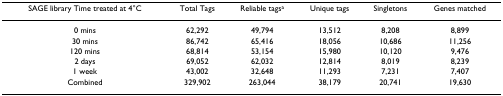
| SAGE library Time treated at 4°C | Total Tags | Reliable tagsa | Unique tags | Singletons | Genes matched |
 | --- | --- | --- | --- | --- | --- |
 | 0 mins | 62,292 | 49,794 | 13,512 | 8,208 | 8,899 |
 | 30 mins | 86,742 | 65,416 | 18,056 | 10,686 | 11,256 |
 | 120 mins | 68,814 | 53,154 | 15,980 | 10,120 | 9,476 |
 | 2 days | 69,052 | 62,032 | 12,814 | 8,019 | 8,239 |
 | 1 week | 43,002 | 32,648 | 11,293 | 7,231 | 7,407 |
 | Combined | 329,902 | 263,044 | 38,179 | 20,741 | 19,630 |